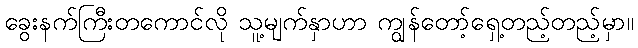
ခွေးနက်ကြီးတကောင်လို သူ့မျက်နှာဟာ ကျွန်တော့်ရှေ့တည့်တည့်မှာ။